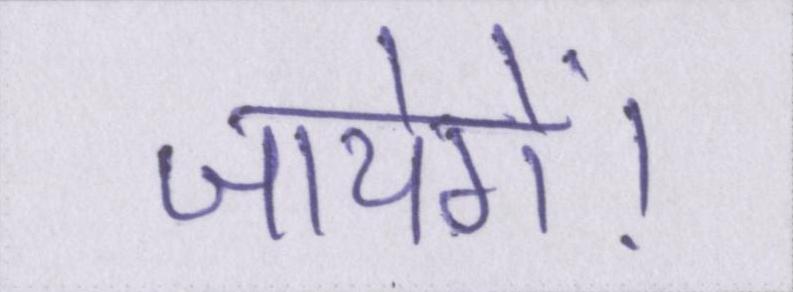
जायेगें।